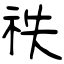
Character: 祑